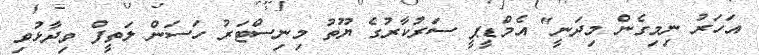
އަހަރު ނިމިގެން މިދަނީ" އެމްޑީޕީ ސަރުކާރުގެ ޔޫތު މިނިސްޓަރު ހަސަން ލަތީފް ވިދާޅުވި